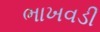
ભાખવડી